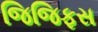
જિજિફસ